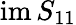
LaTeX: \mathrm{im\, }S_{11}